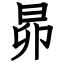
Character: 昴